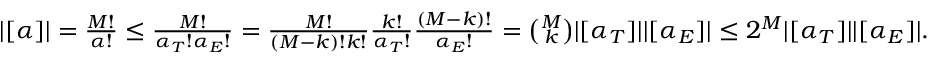
\begin{array} { r } { | [ \alpha ] | = \frac { M ! } { \alpha ! } \le \frac { M ! } { \alpha _ { T } ! \alpha _ { E } ! } = \frac { M ! } { ( M - k ) ! k ! } \frac { k ! } { \alpha _ { T } ! } \frac { ( M - k ) ! } { \alpha _ { E } ! } = \binom { M } { k } | [ \alpha _ { T } ] | | [ \alpha _ { E } ] | \le 2 ^ { M } | [ \alpha _ { T } ] | | [ \alpha _ { E } ] | . } \end{array}